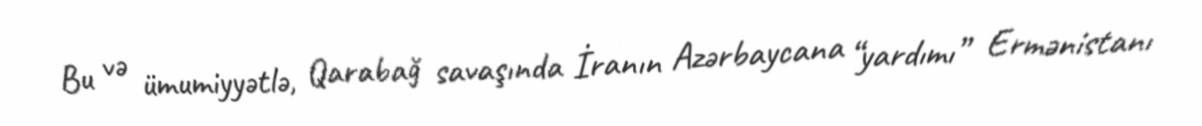
Bu və ümumiyyətlə, Qarabağ savaşında İranın Azərbaycana “yardımı” Ermənistanı